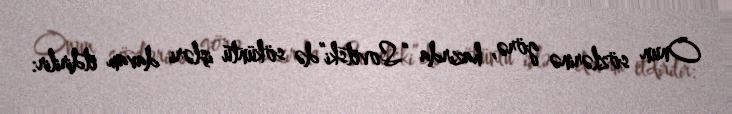
Onun sözlərinə görə, hazırda “Sovetski”də söküntü işləri davam etdirilir: